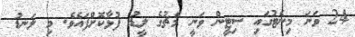
24 ވަނަ މިނެޓުގައި ސިޓީން ވަނީ މެޗުގެ ލީޑު ފުޅާކޮށްފައެވެ. މި ލަނޑު